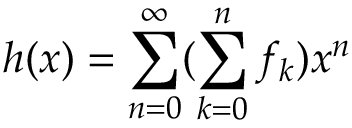
h ( x ) = \sum _ { n = 0 } ^ { \infty } ( \sum _ { k = 0 } ^ { n } f _ { k } ) x ^ { n }